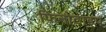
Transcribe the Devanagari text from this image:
फिनोटाइप